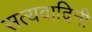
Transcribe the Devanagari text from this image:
सत्यवादिनी